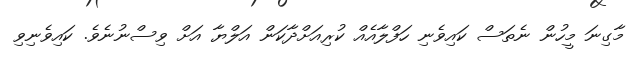
މާގިނަ މީހުން ނެތަސް ކައިވެނި ހަފްލާއެއް ކުރިއަށްދާކަން އަލްޔާ އަށް ވިސްނުނެވެ. ކައިވެނިވި